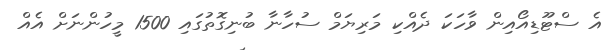
އެ ސްޓޫޑިއޯއިން ވާހަކަ ދެއްކި މަރިޔަމް ސުހާނާ ބުނިގޮތުގައި 1500 މީހުންނަށް އެއް